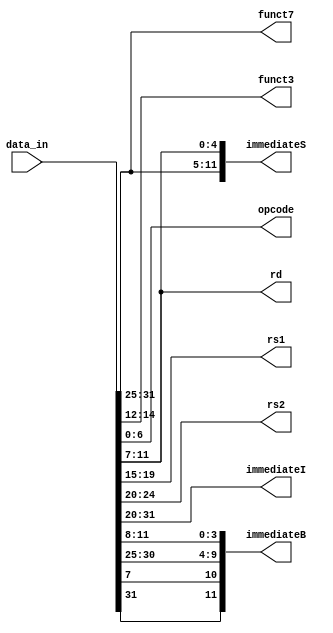
module instruction_coder(data_in, funct7, funct3, opcode, rd, rs1, rs2, immediateI, immediateS, immediateB);

	//Inputs & outputs
	input wire [31:0] data_in;
	output reg [6:0] funct7;
	output reg [2:0] funct3;
	output reg [6:0] opcode;
	output reg [4:0] rd, rs1, rs2;
	output reg [11:0] immediateI, immediateS;
	output reg [11:0] immediateB;

	//Functional block	
	always @*
	begin
		funct7 = data_in[31:25];
		funct3 = data_in[14:12];
		opcode = data_in[6:0];
		rd = data_in[11:7];
		rs1 = data_in[19:15];
		rs2 = data_in[24:20];
		immediateI = data_in[31:20];
		immediateS = {data_in[31:25], data_in[11:7]};
		immediateB = {data_in[31], data_in[7], data_in[30:25], data_in[11:8]};
	end
endmodule